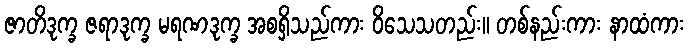
ဇာတိဒုက္ခ ဇရာဒုက္ခ မရဏဒုက္ခ အစရှိသည်ကား ဝိသေသတည်း။ တစ်နည်းကား နာထံကား